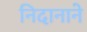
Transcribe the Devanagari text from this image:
निदानाने